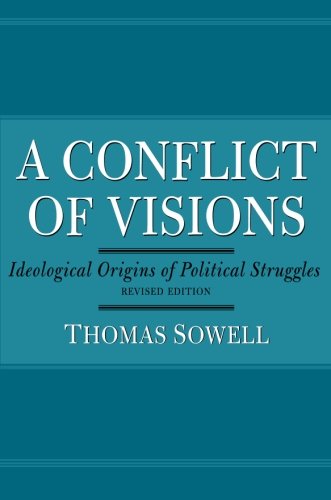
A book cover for A Conflict of Visions: Ideological Origins of Political Struggles; Thomas Sowell; Politics & Social Sciences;